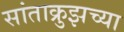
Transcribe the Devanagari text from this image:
सांताक्रुझच्या